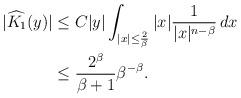
LaTeX: \begin{align*}|\widehat{K_1}(y)|&\leq C|y|\int_{|x|\leq \frac 2\beta}|x|\frac{1}{|x|^{n-\beta}}\,dx\\ &\leq \frac{2^\beta}{\beta+1}\beta^{-\beta}.\end{align*}